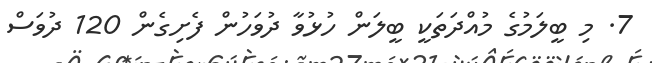
7. މި ބީލަމުގެ މުއްދަތަކީ ބީލަން ހުޅުވާ ދުވަހުން ފެށިގެން 120 ދުވަސް